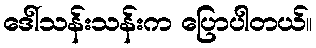
ဒေါ်သန်းသန်းက ပြောပါတယ်။